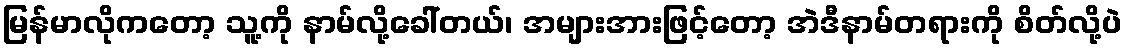
မြန်မာလိုကတော့ သူ့ကို နာမ်လို့ခေါ်တယ်၊ အများအားဖြင့်တော့ အဲဒီနာမ်တရားကို စိတ်လို့ပဲ